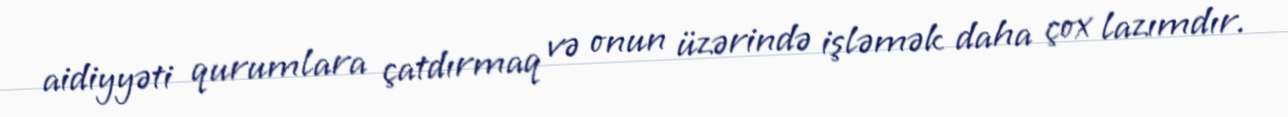
aidiyyəti qurumlara çatdırmaq və onun üzərində işləmək daha çox lazımdır.